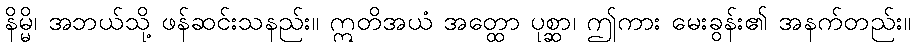
နိမ္မိ၊ အဘယ်သို့ ဖန်ဆင်းသနည်း။ ဣတိအယံ အတ္ထော ပုစ္ဆာ၊ ဤကား မေးခွန်း၏ အနက်တည်း။